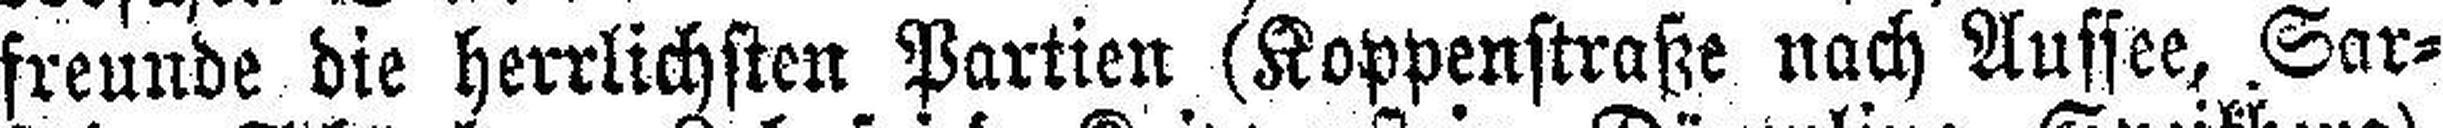
freunde die herrlichsten Partien (Koppenstraße nach Aussee, Sar¬